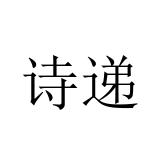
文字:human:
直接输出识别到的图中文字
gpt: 诗递